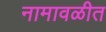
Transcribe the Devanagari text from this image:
नामावळीत